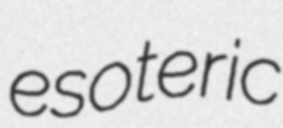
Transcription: esoteric